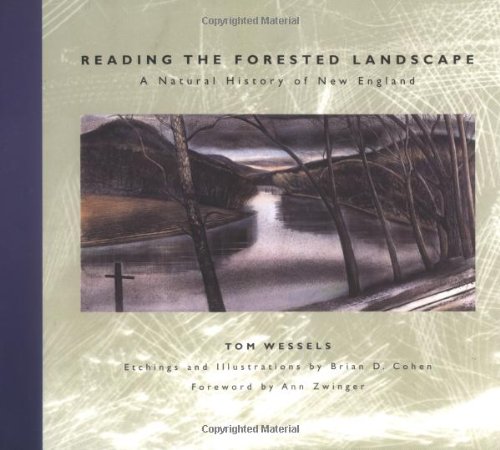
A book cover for Reading the Forested Landscape: A Natural History of New England; Tom Wessels; Science & Math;